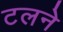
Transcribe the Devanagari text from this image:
टलने